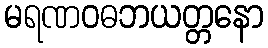
မရဏဝဓဘယတ္တနော